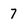
Character: 7